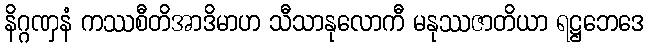
နိဂ္ဂဏှနံ ကဿစီတိအာဒိမာဟ သီသာနုလောကီ မနုဿဇာတိယာ ရဋ္ဌဘေဒေ